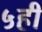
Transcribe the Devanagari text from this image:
५ही